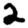
Digit: 2